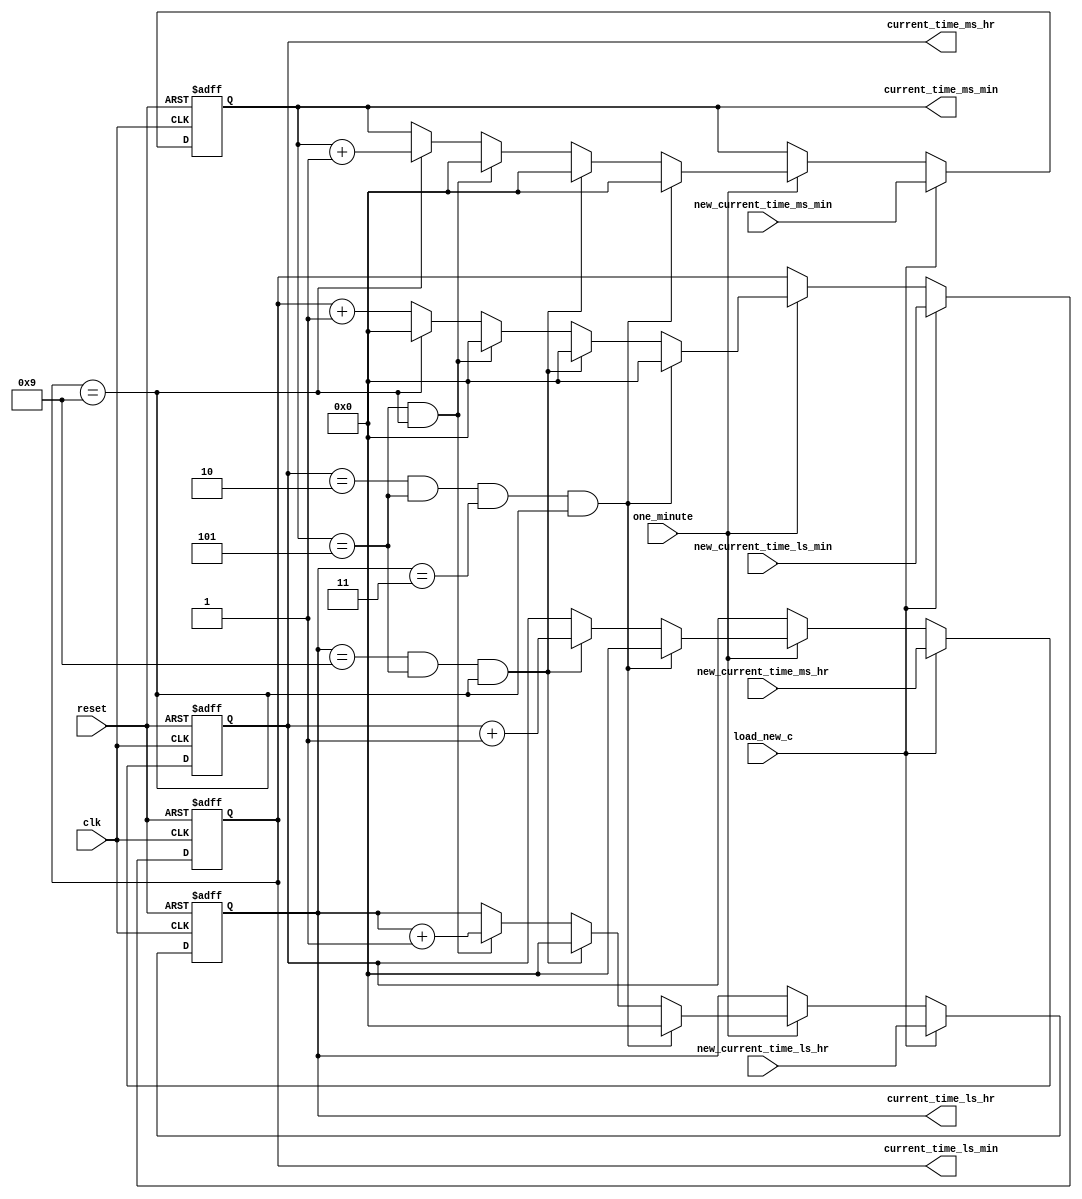
/********************************************************************************************

Copyright 2018-2019 - Maven Silicon Softech Pvt Ltd. All Rights Reserved.

This source code is an unpublished work belongs to Maven Silicon Softech Pvt Ltd.
It is considered a trade secret and is not to be divulged or used by parties who 
have not received written authorization from Maven Silicon Softech Pvt Ltd.

Maven Silicon Softech Pvt Ltd
Bangalore - 560076

Webpage: www.maven-silicon.com

Filename:	counter.v   

Description:	This is a functional description of Alarm clock
                counter unit .It generates the counting sequence for current time.

Date:		01/05/2018

Author:		Maven Silicon

Email:		online@maven-silicon.com

Version:	1.0

*********************************************************************************************/

module counter (clk,
	        reset,
		one_minute,
		load_new_c,
		new_current_time_ms_hr,
		new_current_time_ms_min,
		new_current_time_ls_hr,
		new_current_time_ls_min,
		current_time_ms_hr,
		current_time_ms_min,
		current_time_ls_hr,
		current_time_ls_min);
// Define input and output port directions
input clk,
      reset,
      one_minute,
      load_new_c;

input[3:0] new_current_time_ms_hr,
           new_current_time_ms_min,
           new_current_time_ls_hr,
           new_current_time_ls_min;

output [3:0] current_time_ms_hr,
             current_time_ms_min,
             current_time_ls_hr,
             current_time_ls_min;
// Define register to store current time
reg [3:0] current_time_ms_hr,
          current_time_ms_min,
          current_time_ls_hr,
          current_time_ls_min;

// Lodable Binary up synchronous Counter logic                                 /******************************

// Write an always block with asynchronous reset 
always@( posedge clk or posedge reset)                                         
 begin              
    // Check for reset signal and upon reset load the current_time register with default value (1'b0)                                                                                                       
    if(reset)                                                                 
      begin
	current_time_ms_hr  <= 4'd0;                                          
        current_time_ms_min <= 4'd0;                                          
        current_time_ls_hr  <= 4'd0;
        current_time_ls_min <= 4'd0;
       end
    // Else if there is no reset, then check for load_new_c signal and load new_current_time to current_time register
     else if(load_new_c)
       begin                                                                
	 current_time_ms_hr  <= new_current_time_ms_hr;                     //   Corner cases: ms_hr ls_hr :ms_min ls_min
	 current_time_ms_min <= new_current_time_ms_min;                    //              2       3       5       9  -> 00:00
	 current_time_ls_hr  <= new_current_time_ls_hr;                     //              0       9       5       9  -> 10:00
	 current_time_ls_min <= new_current_time_ls_min;                    //              0       0       5       9  -> 01:00
       end                                                                  //              0       0       0       9  -> 00:10
    // Else if there is no load_new_c signal, then check for one_minute signal and implement the counting algorithm
      else if (one_minute == 1)
       begin
    // Check for the corner case
    // If the current_time is 23:59, then the next current_time will be 00:00
        if(current_time_ms_hr == 4'd2 && current_time_ms_min == 4'd5 &&
           current_time_ls_hr == 4'd3 && current_time_ls_min == 4'd9)
           begin
               current_time_ms_hr  <= 4'd0;
   	       current_time_ms_min <= 4'd0;
	       current_time_ls_hr  <= 4'd0;
 	       current_time_ls_min <= 4'd0;
           end
     // Else check if the current_time is 09:59, then the next current_time will be 10:00
         else if(current_time_ls_hr == 4'd9 && current_time_ms_min == 4'd5
                   && current_time_ls_min == 4'd9)
            begin
		current_time_ms_hr <= current_time_ms_hr + 1'd1;
                current_time_ls_hr <= 4'd0;
                current_time_ms_min <= 4'd0;
                current_time_ls_min <= 4'd0;
            end
     // Else check if the time represented by minutes is 59, Increment the LS_HR by 1 and set MS_MIN and LS_MIN to 1'b0
        else if (current_time_ms_min == 4'd5 && current_time_ls_min == 4'd9)
            begin
                current_time_ls_hr <= current_time_ls_hr + 1'd1;
		current_time_ms_min <= 4'd0;
                current_time_ls_min <= 4'd0;
            end
     // Else check if the LS_MIN is equal to 9, Increment the MS_MIN by 1 and set MS_MIN to 1'b0
	 else if(current_time_ls_min == 4'd9)
	    begin
		current_time_ms_min <= current_time_ms_min + 1'd1;
		current_time_ls_min <= 4'd0;
            end
     // Else just increment the LS_MIN by 1
         else
            begin
           	current_time_ls_min <= current_time_ls_min + 1'b1;
            end
       end
    end

endmodule